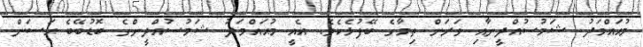
މުޙައްމަދު ޝަމުސުއްދީނާއި ވަރަށް ތިމާގެ ބޭފުޅެކެވެ. އެއީ މުޙައްމަދު ޝަމުސުއްދީންގެ ބޮޑުބޭބެ ޙަސަން